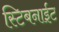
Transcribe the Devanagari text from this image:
स्टिबनाईट